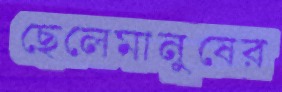
ছেলেমানুষের